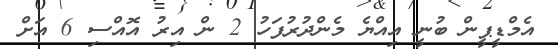
އެމްޑީޕީން ބުނީ އިއްޔެ މެންދުރުފަހު 2 ން އިރު އޮއްސި 6 އަށް